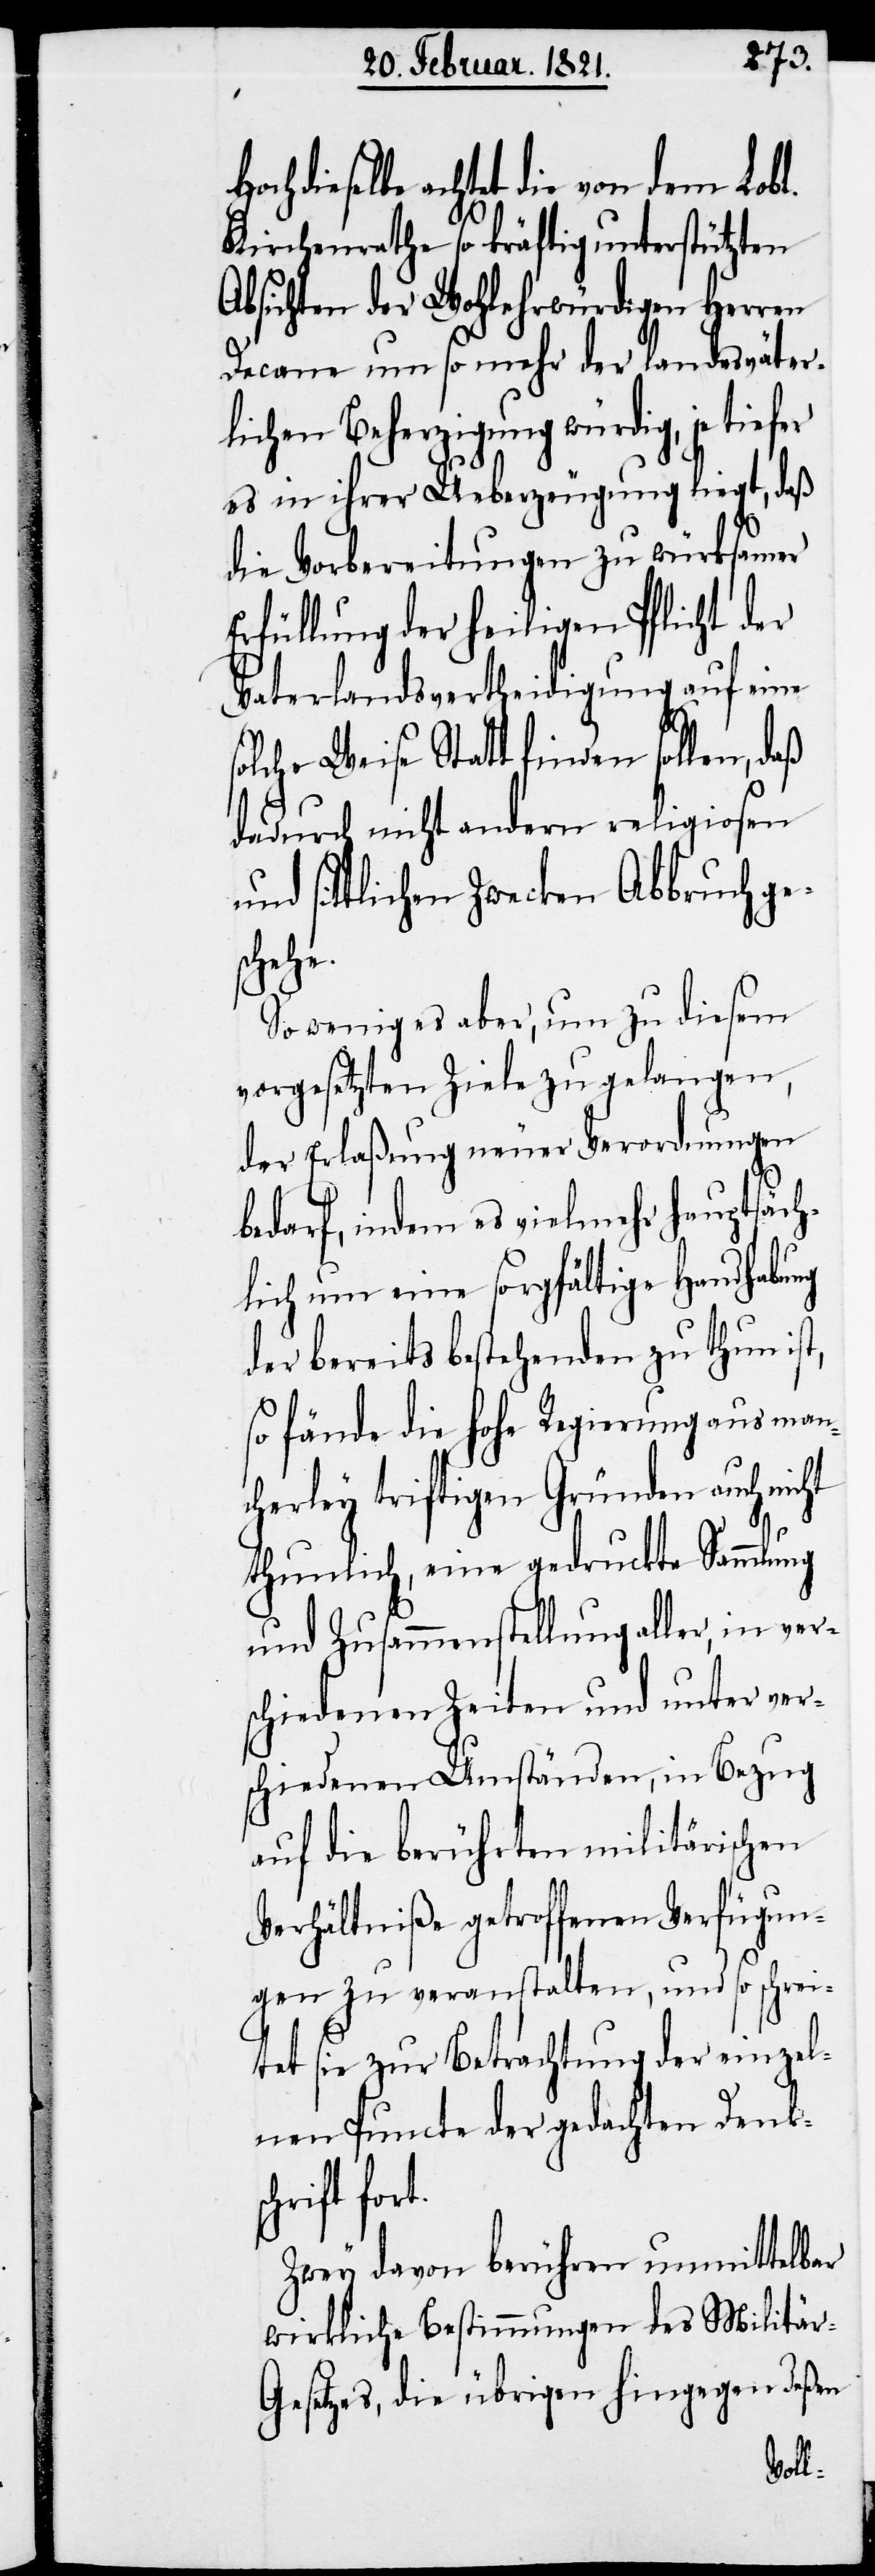
Hochdieselbe achtet die von dem Lobl.
Kirchenrathe so kräftig unterstützten
Absichten der Wohlehrwürdigen Herren
Decane um so mehr der landesväter¬
lichen Beherzigung würdig, je tiefer
es in ihrer Ueberzeugung liegt, daß
die Vorbereitungen zu würksamer
Erfüllung der heiligen Pflicht der
Vaterlandsvertheidigung auf eine
solche Weise Statt finden sollen, daß
dadurch nicht andern religiosen
und sittlichen Zwecken Abbruch ge¬
schehe.
So wenig es aber, um zu diesem
vorgesetzten Ziele zu gelangen,
der Erlaßung neuer Verordnungen
bedarf, indem es vielmehr hauptsäch¬
lich um eine sorgfältige Handhabung
der bereits bestehenden zu thun ist,
so fände die hohe Regierung aus man¬
cherley triftigen Gründen auch nicht
thunlich, eine gedruckte Sammlung
und Zusammenstellung aller, in ver¬
schiedenen Zeiten und unter ver¬
schiedenen Umständen, in Bezug
auf die berührten militärischen
Verhältniße getroffenen Verfügun¬
gen zu veranstalten, und so schrei¬
tet sie zur Betrachtung der einzel¬
nen Puncte der gedachten Denksc¬
hrift fort.
Zwey davon berühren unmittelbar
wirkliche Bestimmungen des Militär-G¬
esetzes, die übrigen hingegen deßen